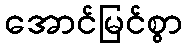
အောင်မြင်စွာ